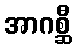
အာဂစ္ဆီ